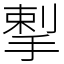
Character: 揧